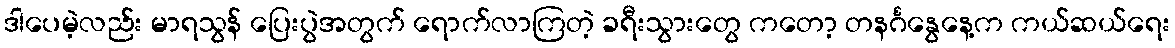
ဒါပေမဲ့လည်း မာရသွန် ပြေးပွဲအတွက် ရောက်လာကြတဲ့ ခရီးသွားတွေ ကတော့ တနင်္ဂနွေနေ့က ကယ်ဆယ်ရေး